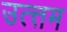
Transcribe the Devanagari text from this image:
उत्त्तम